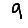
Digit: 9